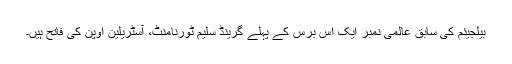
بیلجیئم کی سابق عالمی نمبر ایک اس برس کے پہلے گرینڈ سلیم ٹورنامنٹ، آسٹریلین اوپن کی فاتح ہیں۔